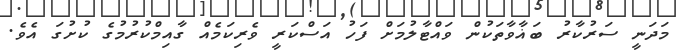
މަދަނީ ސަރުކާރު ބަޣާވާތަކުން ވައްޓާލުމަށް ފަހު އަސްކަރީ ވެރިކަމެއް ގާއިމްކުރުމުގެ ކުށުގަ އެވެ.